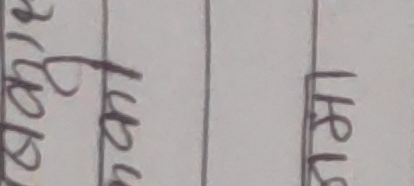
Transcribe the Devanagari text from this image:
बुकि १२५